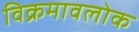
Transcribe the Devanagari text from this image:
विक्रमावलोक